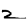
Digit: 2